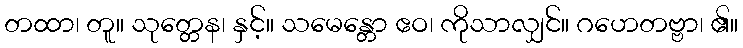
တထာ၊ တူ။ သုတ္တေန၊ နှင့်။ သမေန္တော ဧဝ၊ ကိုသာလျှင်။ ဂဟေတဗ္ဗာ၊ ၏။